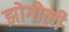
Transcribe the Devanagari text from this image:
झोगोली